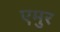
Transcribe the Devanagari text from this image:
एमुर